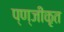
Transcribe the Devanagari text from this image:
प्ण्जीकृत